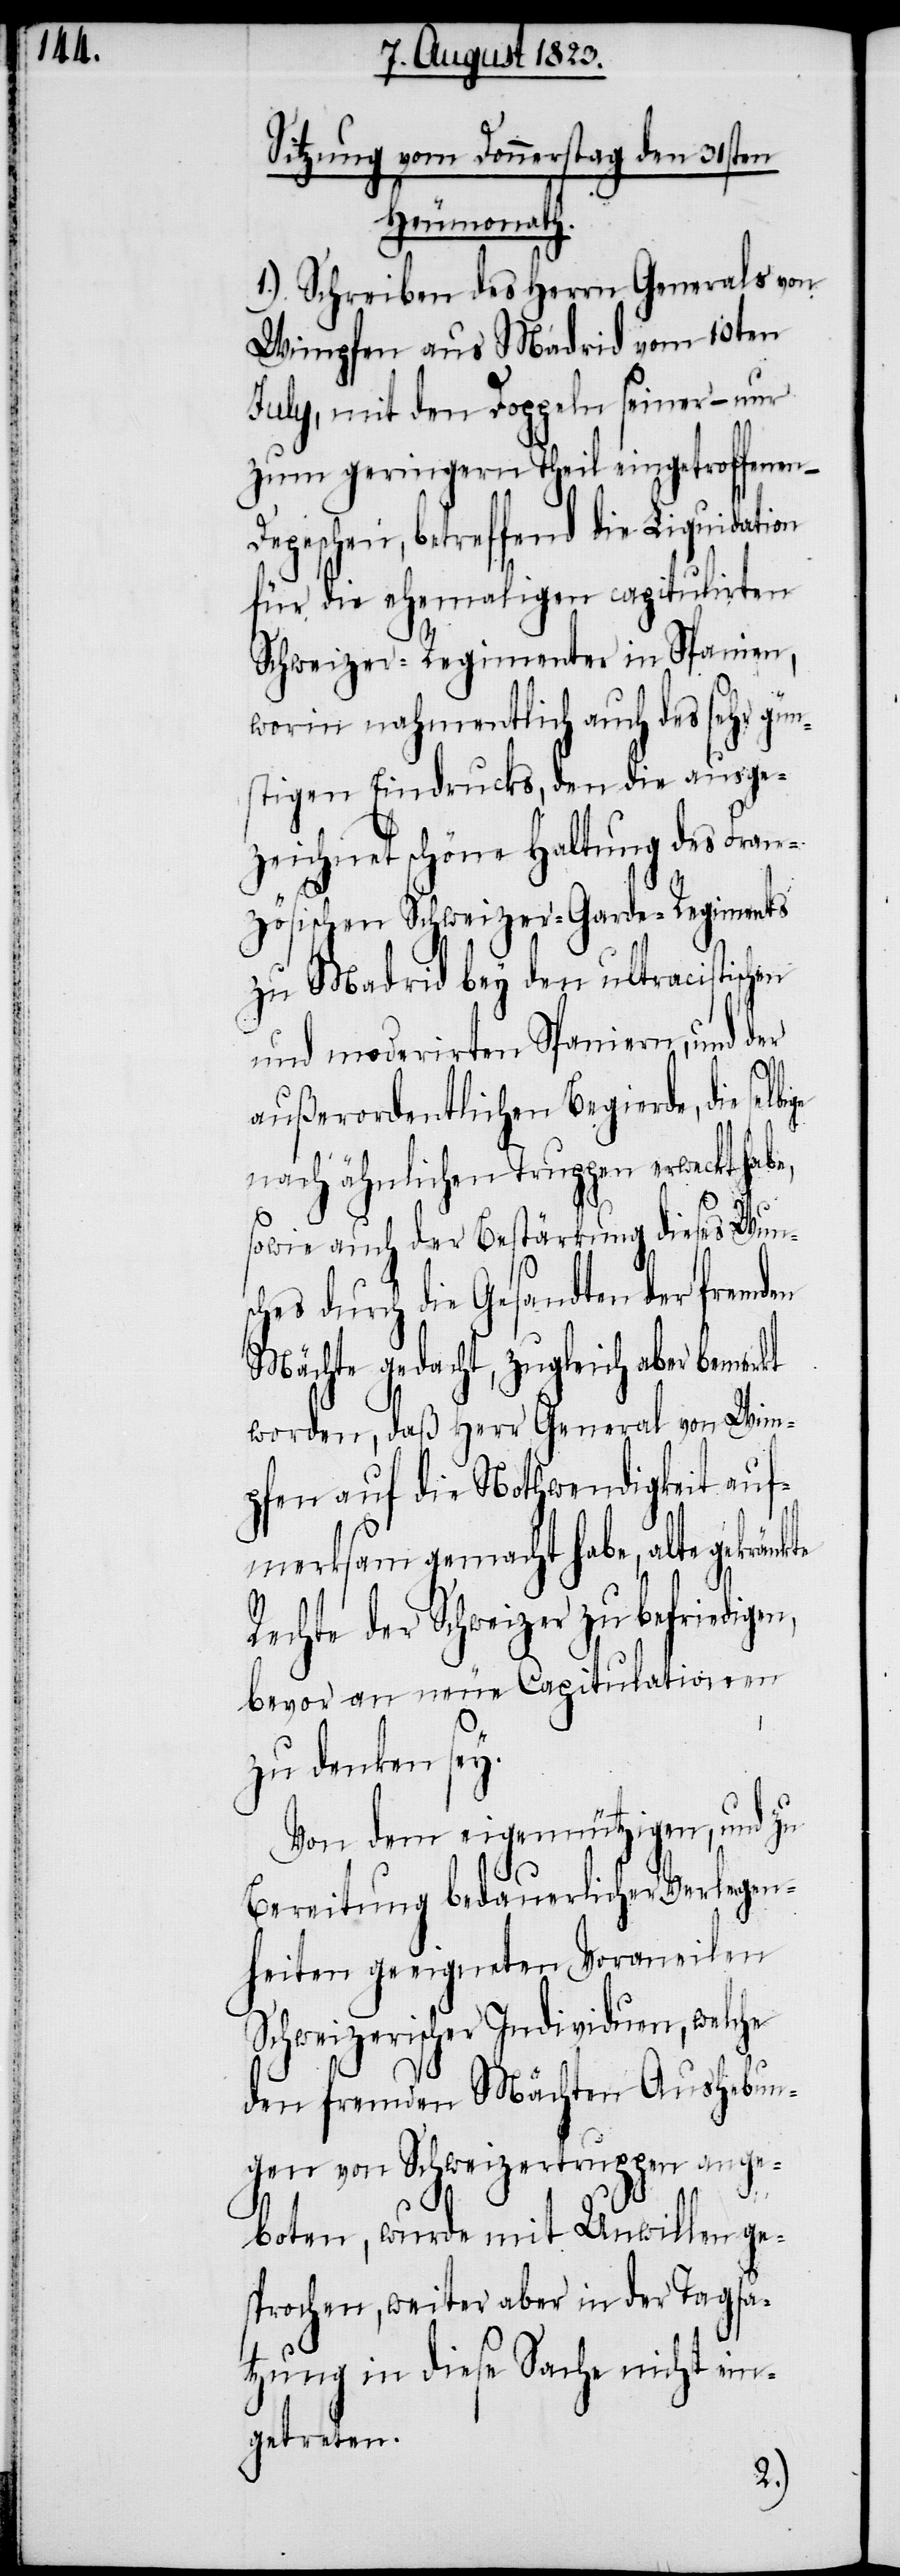
Sitzung vom Donnerstag den 31sten
Heumonath.
1.) Schreiben des Herrn Generals von
Wimpfen aus Madrid vom 10ten
July, mit den Doppeln seiner – nur
zum geringern Theil eingetroffenen –
Depeschen, betreffend die Liquidation
für die ehemaligen capitulirten
Schweizer-Regimenter in Spanien,
worin nahmentlich auch des sehr gün¬
stigen Eindrucks, den die ausge¬
zeichnet schöne Haltung des Fran¬
zösischen Schweizer-Garde-Regiments
zu Madrid bey den ultracistisch¬
und moderirten Spaniern, und der
en
außerordentlichen Begierde, die selb¬
n,
nach ähnlichen Truppen erweckt habe,
sowie auch der Bestärkung dieses Wuns¬
ches durch die Gesandten der fremden
Mächte gedacht, zugleich aber bemerkt
worden, daß Herr General von Wim¬
pfen auf die Nothwendigkeit auf¬
merksam gemacht habe, alte
Rechte der Schweizer zu befriedige¬
bevor an neue Capitulationen
zu denken sey.
Von dem eigennützigen, und zu
Bereitung bedauerlicher Verlegen¬
heiten geeigneten Voraneilen
Schweizerischer Individuen, welche
den fremden Mächten Aushebun¬
gen von Schweizertruppen ange¬
boten, wurde mit Unwillen ge¬
sprochen, weiter aber in der Tagsa¬
tzung in diese Sache nicht ein¬
getreten.